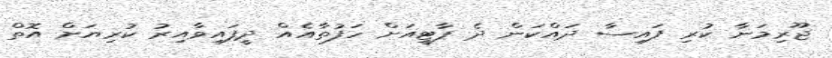
ޖޫރިމަނާ ކުރި ފައިސާ ދައްކަން ދެ ޕާޓީއަށް ހަފުތާއެއް ދީފައިވާއިރު ކުރިޔަށް އޮތް